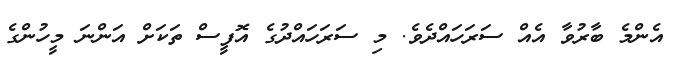
އެންމެ ބާރުވާ އެއް ސަރަހައްދެވެ. މި ސަރަހައްދުގެ އޮފީސް ތަކަށް އަންނަ މީހުންގެ